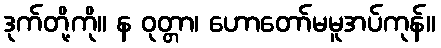
ဒုက်တို့ကို။ န ဝုတ္တာ၊ ဟောတော်မမူအပ်ကုန်။